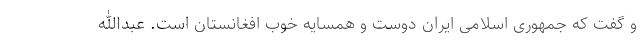
و گفت که جمهوری اسلامی ایران دوست و همسایه خوب افغانستان است. عبدالله